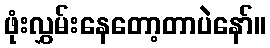
ဖုံးလွှမ်းနေတော့တာပဲနော်။